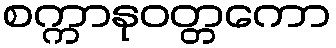
စက္ကာနုဝတ္တကော